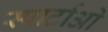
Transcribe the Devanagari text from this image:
स्पार्टाओ